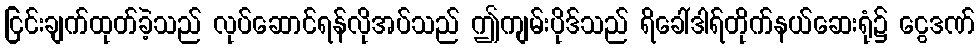
ငြင်းချက်ထုတ်ခဲ့သည် လုပ်ဆောင်ရန်လိုအပ်သည် ဤကျမ်းပိုဒ်သည် ရိခေါ်ဒါရ်တိုက်နယ်ဆေးရုံ၌ ငွေဒဏ်